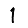
Digit: 1